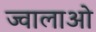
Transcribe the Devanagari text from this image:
ज्वालाओ